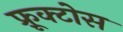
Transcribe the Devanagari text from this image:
फ़्रूक्टोस